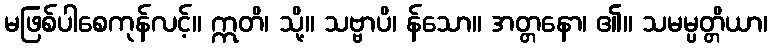
မဖြစ်ပါစေကုန်လင့်။ ဣတိ၊ သို့။ သဗ္ဗာပိ၊ န်သော။ အတ္တနော၊ ၏။ သမမ္ပတ္တိယာ၊